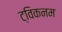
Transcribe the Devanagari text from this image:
ट्विकनम